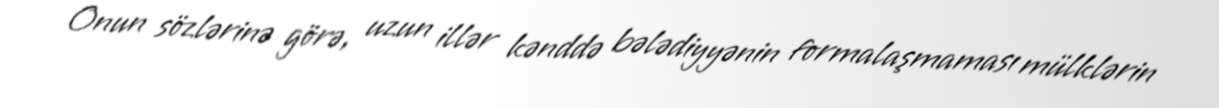
Onun sözlərinə görə, uzun illər kənddə bələdiyyənin formalaşmaması mülklərin